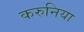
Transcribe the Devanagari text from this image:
करुनिया